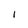
Character: l